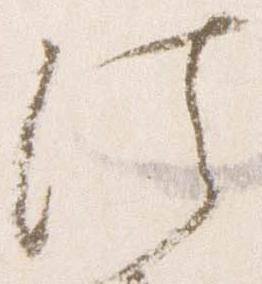
法